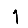
Digit: 1